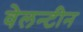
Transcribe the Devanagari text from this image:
वेलन्टीन